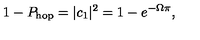
1 - P _ { \mathrm { h o p } } = | c _ { 1 } | ^ { 2 } = 1 - e ^ { - \Omega \pi } ,